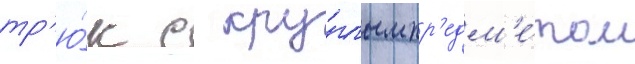
тр'ю́к с кру́глым пр'едм'е́том